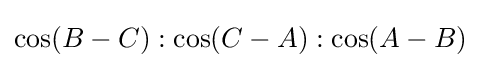
\cos(B-C):\cos(C-A):\cos(A-B)